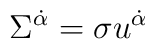
\Sigma^{\dot\alpha}=\sigma u^{\dot \alpha}